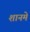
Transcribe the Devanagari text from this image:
शानमे